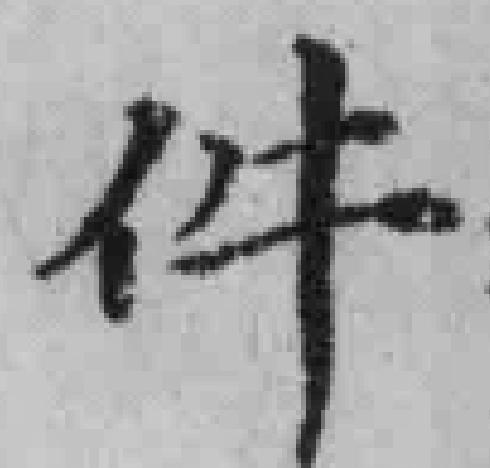
件